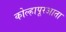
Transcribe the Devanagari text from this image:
कोल्हापूरआता